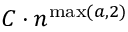
C \cdot n ^ { \operatorname* { m a x } ( a , 2 ) }